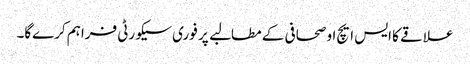
علاقے کا ایس ایچ او صحافی کے مطالبے پر فوری سیکورٹی فراہم کرےگا۔